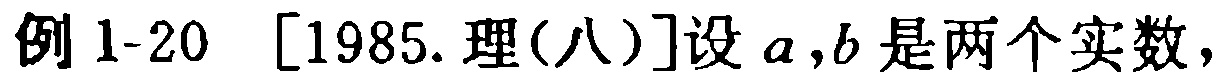
例 1-20 [1985.理(八)]设\(a,b\)是两个实数，